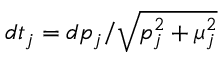
d t _ { j } = d p _ { j } / \sqrt { p _ { j } ^ { 2 } + \mu _ { j } ^ { 2 } }